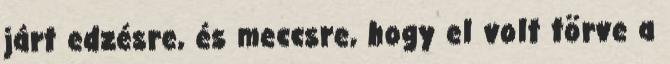
járt edzésre, és meccsre, hogy el volt törve a